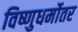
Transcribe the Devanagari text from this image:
विष्णुधर्मोतर